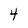
Character: 4